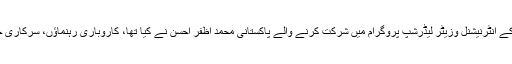
تیسری سالانہ لیڈرز سمٹ میں ، جس کا اہتمام امریکی سفارتخانہ کے انٹرنیشنل وزیٹر لیڈرشپ پروگرام میں شرکت کرنے والے پاکستانی محمد اظفر احسن نے کیا تھا، کاروباری رہنماؤں، سرکاری حکام اور ماہرین تعلیم سمیت تقریباً ۵۰۰ شخصیات نے شرکت کی۔